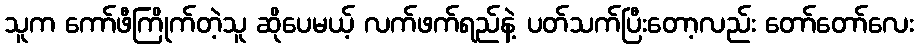
သူက ကော်ဖီကြိုက်တဲ့သူ ဆိုပေမယ့် လက်ဖက်ရည်နဲ့ ပတ်သက်ပြီးတော့လည်း တော်တော်လေး